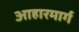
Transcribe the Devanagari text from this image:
आहारमार्ग